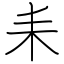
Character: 耒